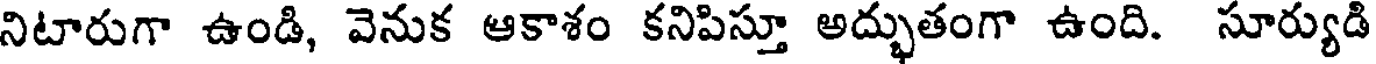
నిటారుగా ఉండి, వెనుక ఆకాశం కనిపిస్తూ అద్భుతంగా ఉంది. సూర్యుడి